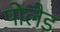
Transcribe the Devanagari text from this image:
पोलैड